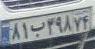
۸۱ب۳۹۸۷۴